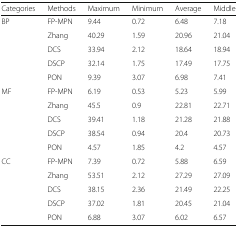
<table><thead><tr><td><b>Categories</b></td><td><b>Methods</b></td><td><b>Maximum</b></td><td><b>Minimum</b></td><td><b>Average</b></td><td><b>Middle</b></td></tr></thead><tbody><tr><td rowspan="5">BP</td><td>FP-MPN</td><td>9.44</td><td>0.72</td><td>6.48</td><td>7.18</td></tr><tr><td>Zhang</td><td>40.29</td><td>1.59</td><td>20.96</td><td>21.04</td></tr><tr><td>DCS</td><td>33.94</td><td>2.12</td><td>18.64</td><td>18.94</td></tr><tr><td>DSCP</td><td>32.14</td><td>1.75</td><td>17.49</td><td>17.75</td></tr><tr><td>PON</td><td>9.39</td><td>3.07</td><td>6.98</td><td>7.41</td></tr><tr><td rowspan="5">MF</td><td>FP-MPN</td><td>6.19</td><td>0.53</td><td>5.23</td><td>5.99</td></tr><tr><td>Zhang</td><td>45.5</td><td>0.9</td><td>22.81</td><td>22.71</td></tr><tr><td>DCS</td><td>39.41</td><td>1.18</td><td>21.28</td><td>21.88</td></tr><tr><td>DSCP</td><td>38.54</td><td>0.94</td><td>20.4</td><td>20.73</td></tr><tr><td>PON</td><td>4.57</td><td>1.85</td><td>4.2</td><td>4.57</td></tr><tr><td rowspan="5">CC</td><td>FP-MPN</td><td>7.39</td><td>0.72</td><td>5.88</td><td>6.59</td></tr><tr><td>Zhang</td><td>53.51</td><td>2.12</td><td>27.29</td><td>27.09</td></tr><tr><td>DCS</td><td>38.15</td><td>2.36</td><td>21.49</td><td>22.25</td></tr><tr><td>DSCP</td><td>37.02</td><td>1.81</td><td>20.45</td><td>21.04</td></tr><tr><td>PON</td><td>6.88</td><td>3.07</td><td>6.02</td><td>6.57</td></tr></tbody></table>